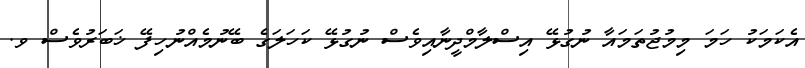
އެކަމަކު ހަމަ މިމުޖުތަމައާ ނުގުޅޭ އިސްލާމްދީނާއިވެސް ނުގުޅޭ ކަހަލަގެ ބޭނުމެއްނުހިފޭ ޚަބަރުވެސް ވ.